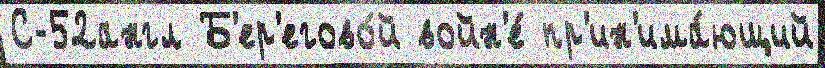
С-52англ Б'ер'егово́й войн'е́ пр'ин'има́ющий